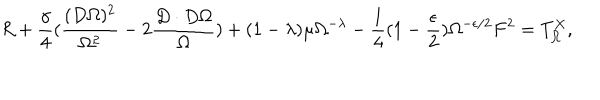
LaTeX: R + \frac { \gamma } { 4 } ( \frac { ( D \Omega ) ^ { 2 } } { \Omega ^ { 2 } } - 2 \frac { D \cdot D \Omega } { \Omega } ) + ( 1 - \lambda ) \mu \Omega ^ { - \lambda } - \frac { 1 } { 4 } ( 1 - \frac { \epsilon } { 2 } ) \Omega ^ { - \epsilon / 2 } F ^ { 2 } = T _ { \Omega } ^ { X } ,